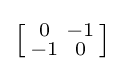
{\bigl [}{\begin{smallmatrix}0&-1\\-1&0\end{smallmatrix}}{\bigr ]}